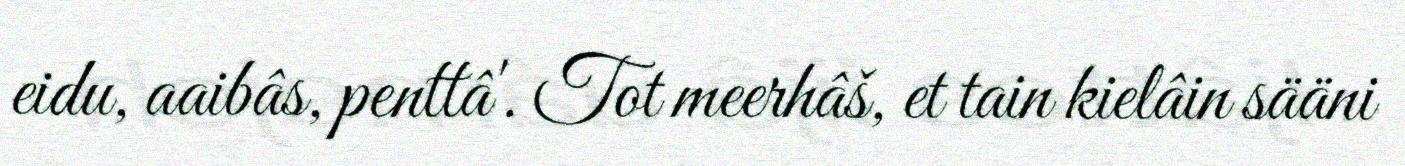
eidu, aaibâs, penttâ'. Tot meerhâš, et tain kielâin sääni